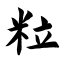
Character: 粒